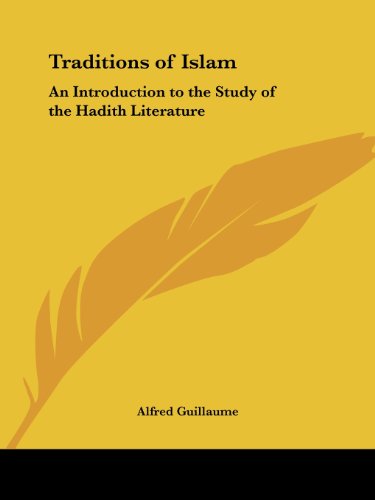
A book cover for Traditions of Islam: An Introduction to the Study of the Hadith Literature; Alfred Guillaume; Religion & Spirituality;